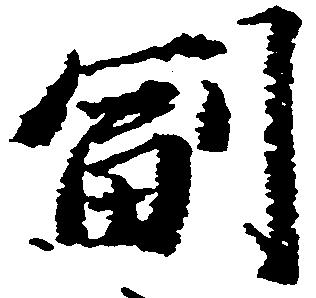
副